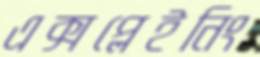
এক্সপ্লেইনিং